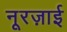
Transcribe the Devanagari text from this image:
नूरज़ाई